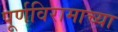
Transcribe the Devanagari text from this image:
पूर्णविरामाच्या